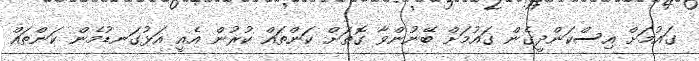
ގައުމަށް އިސްކަންދީގެން ގައުމަށް ބޭނުންވާ ގޮތަށް ކަންތައް ކުރުން އެއީ އަޅުގަނޑުމެން ކަންތައް